Lunatic asylums in Bengal annual reports 1899-1911 - 1899-1911
Year: 1899
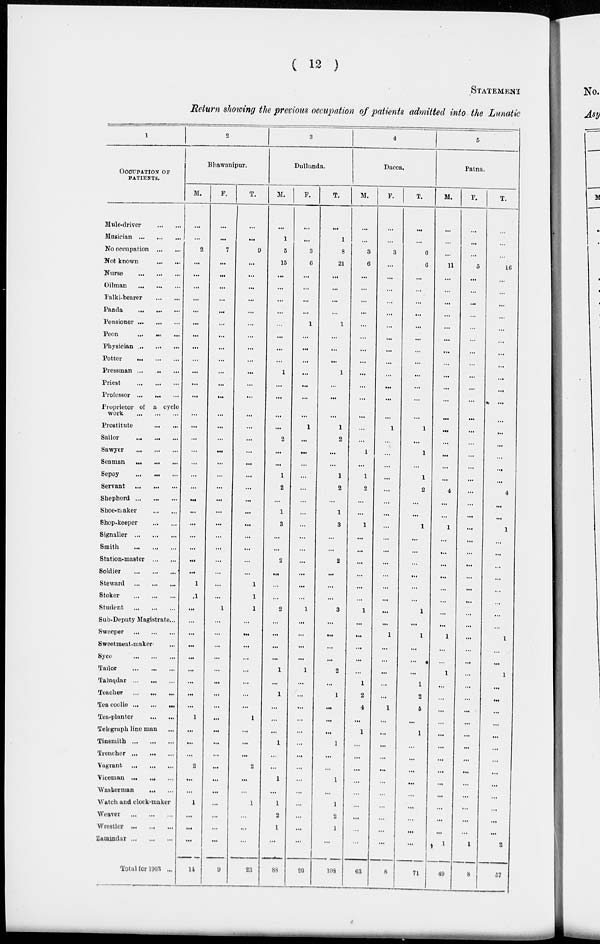
( 12 )
STATEMENT
Return showing the previous occupation of patients admitted into the Lunatic
1
OCCUPATION OF
pATIENTS.
Mule-driver
...
...
Musician ... ... ...
No occupation
...
...
Not known
...
...
Nurse
...
...
...
Oilman
...
...
...
Palki-bearer
...
...
Panda
...
...
...
Pensioner
...
...
...
Peon
... ... ...
Physician ... ... ...
Potter
...
...
...
Pressman ...
...
...
Priest
...
...
...
Professor
...
...
...
Proprietor of a cycle
work
...
...
...
Prostitute
...
...
Sailor
...
...
...
Sawyer
...
...
...
Seaman
...
...
...
Sepoy
...
...
...
Servant
...
...
...
Shepherd
...
...
...
Shoe-maker
...
...
Shop-keeper
...
...
Signaller
...
...
...
Smith
...
...
...
Station-master
...
...
Soldier ... ... ...
Steward
...
...
...
Stoker
...
...
...
Student
...
...
...
Sub-Deputy Magistrate...
Sweeper
...
...
...
Sweetmeat-maker ...
Syce
...
...
...
Tailor
...
...
...
Taluqdar
...
...
...
Teacher
...
...
...
Tea coolie
...
...
...
Tea-planter
...
...
Telegraph line man ...
Tinsmith
...
...
...
Trencher
...
...
...
Vagrant
...
...
...
Viceman ...
... ...
Washerman
...
...
Watch and clock-maker
Weaver
...
...
...
Wrestler
...
...
...
Zamindar
...
...
...
Total for 1903 ...
2
Bhawanipur.
M.
...
...
2
...
...
...
...
...
...
...
...
...
...
...
...
...
...
...
...
...
...
...
...
...
...
...
...
...
...
1
1
...
...
...
...
...
...
...
...
...
1
...
...
...
2
...
...
1
...
...
...
14
F.
...
...
7
...
...
...
...
...
...
...
...
...
...
...
...
...
...
...
...
...
...
...
...
...
...
...
...
...
...
...
...
1
...
...
...
...
...
...
...
...
...
...
...
...
...
...
...
...
...
...
...
9
T.
...
...
9
...
...
...
...
...
...
...
...
...
...
...
...
...
...
...
...
...
...
...
...
...
...
...
...
...
...
1
1
1
...
...
...
...
...
...
...
...
1
...
...
...
2
...
...
1
...
...
...
23
3
Dullunda.
M.
...
1
5
15
...
...
...
...
...
...
...
...
1
...
...
...
...
2
...
...
1
2
...
1
3
...
...
2
...
...
...
2
...
...
...
...
1
...
1
...
...
...
1
...
...
1
...
1
2
1
...
88
F.
...
...
3
6
...
...
...
...
1
...
...
...
...
...
...
...
1
...
...
...
...
...
...
...
...
...
...
...
...
...
...
1
...
...
...
...
1
...
...
...
...
...
...
...
...
...
...
...
...
...
...
20
T.
...
1
8
21
...
...
...
...
1
...
...
...
1
...
...
...
1
2
...
...
1
2
...
1
3
...
...
2
...
...
...
3
...
...
...
...
2
...
1
...
...
...
1
...
...
1
...
1
2
1
...
108
4
Dacca.
M.
...
...
3
6
...
...
...
...
...
...
...
...
...
...
...
...
...
...
1
...
1
2
...
...
1
...
...
...
...
...
...
1
...
...
...
...
...
1
2
4
...
1
...
...
...
...
...
...
...
...
...
63
F.
...
...
3
...
...
...
...
...
...
...
...
...
...
...
...
...
1
...
...
...
...
...
...
...
...
...
...
...
...
...
...
...
...
1
...
...
...
...
...
1
...
...
...
...
...
...
...
...
...
...
...
8
T.
...
...
6
6
...
...
...
...
...
...
...
...
...
...
...
...
1
...
1
...
1
2
...
...
1
...
...
...
...
...
...
1
...
1
...
...
...
1
2
5
...
1
...
...
...
...
...
...
...
...
...
71
5
Patna.
M.
...
...
...
11
...
...
...
...
...
...
...
...
...
...
...
...
...
...
...
...
...
4
...
...
1
...
...
...
...
...
...
...
...
1
...
...
1
...
...
...
...
...
...
...
...
...
...
...
...
...
1
49
F.
...
...
...
5
...
...
...
...
...
...
...
...
...
...
...
...
...
...
...
...
...
...
...
...
...
...
...
...
...
...
...
...
...
...
...
...
...
...
...
...
...
...
...
...
...
...
...
...
...
...
1
8
T.
...
...
...
16
...
...
...
...
...
...
...
...
...
...
...
...
...
...
...
...
...
4
...
...
1
...
...
...
...
...
...
...
...
1
...
...
1
...
...
...
...
...
...
...
...
...
...
...
...
...
2
57